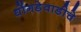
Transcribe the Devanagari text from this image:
धोंगडेवाडीचे